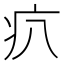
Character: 𤴭